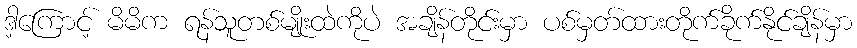
ဒါ့ကြောင့် မိမိက ရန်သူတစ်မျိုးထဲကိုပဲ အချိန်တိုင်းမှာ ပစ်မှတ်ထားတိုက်ခိုက်နိုင်ချိန်မှာ